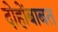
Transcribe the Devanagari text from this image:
दोहोंबाबत